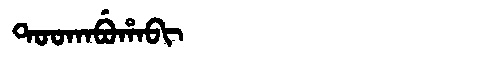
Manchu: ᡨᠣᠣᡴᠠᠪᡠᡥᠠᠪᡳ
Romanization: TOOKABUHABI